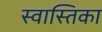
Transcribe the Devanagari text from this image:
स्वास्तिका